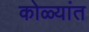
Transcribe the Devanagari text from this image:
कोळ्यांत